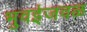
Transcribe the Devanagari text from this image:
भुवईजवळ